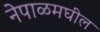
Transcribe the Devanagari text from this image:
नेपाळमघील